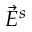
\vec { E } ^ { s }